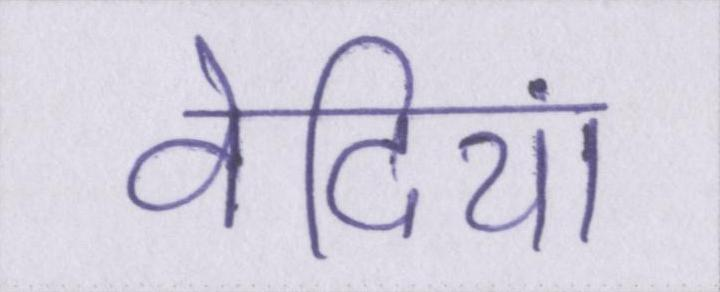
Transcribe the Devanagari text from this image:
वेदियां